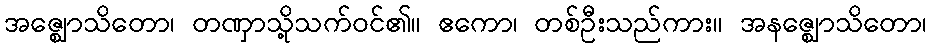
အဇ္ဈောသိတော၊ တဏှာသို့သက်ဝင်၏။ ဧကော၊ တစ်ဦးသည်ကား။ အနဇ္ဈောသိတော၊